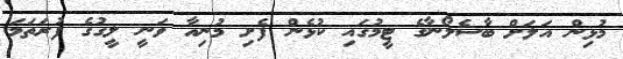
މުޅިން އަލަށް ބާސެލޯނާގެ ޓީމުގައި ކުޅެން ފެށި މުނިއާ ވަނީ ލީގުގެ ފުރަތަމަ